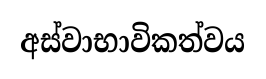
අස්වාභාවිකත්වය